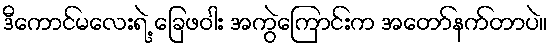
ဒီကောင်မလေးရဲ့ ခြေဖဝါး အကွဲကြောင်းက အတော်နက်တာပဲ။